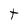
Character: t